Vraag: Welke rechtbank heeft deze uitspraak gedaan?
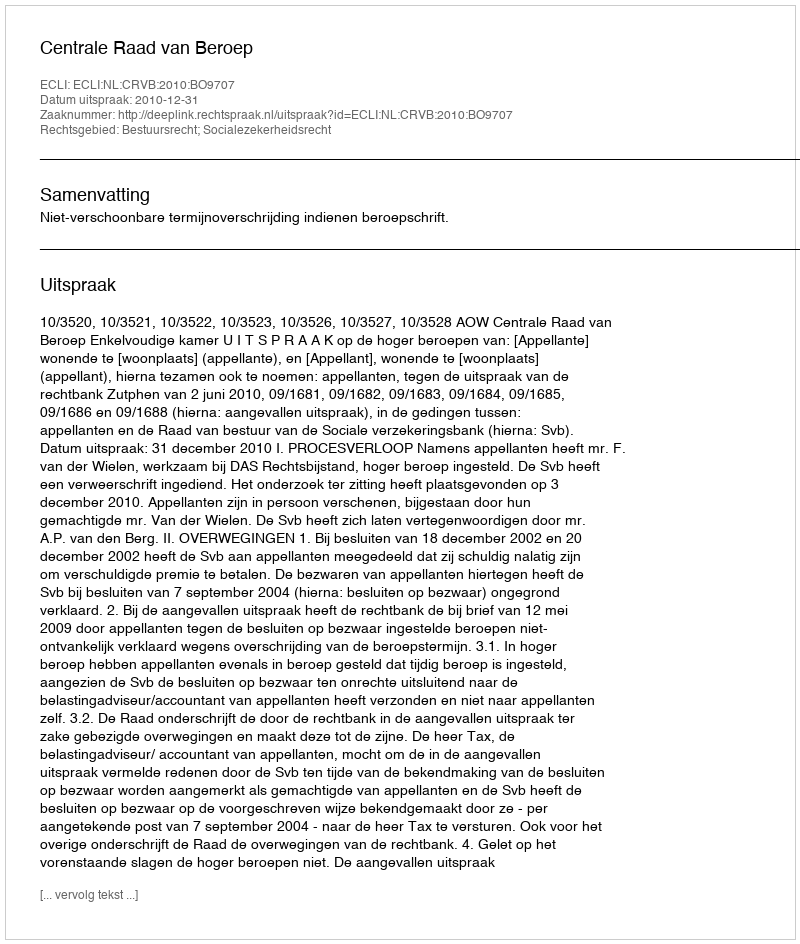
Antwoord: Centrale Raad van Beroep